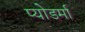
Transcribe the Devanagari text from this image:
प्योडर्मा